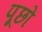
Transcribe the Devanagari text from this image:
पूछों